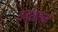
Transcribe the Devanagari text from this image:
धर्मशास्त्रमें